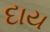
દાય